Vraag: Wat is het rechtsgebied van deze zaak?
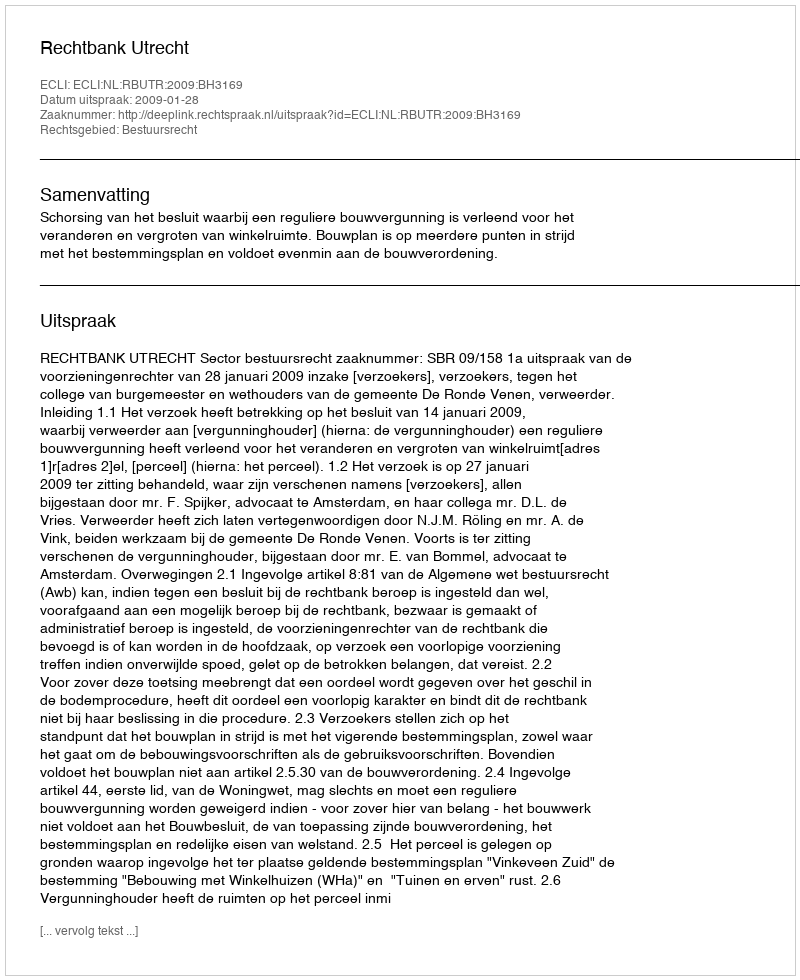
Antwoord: Bestuursrecht